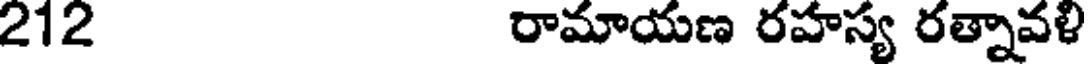
212 రామాయణ రహస్య రత్నావళి